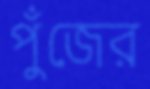
পুঁজের